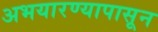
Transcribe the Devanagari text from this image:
अभयारण्यापासून